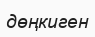
дөңкиген